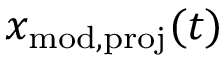
x _ { \mathrm { m o d , p r o j } } ( t )